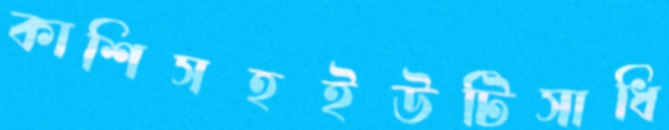
কাশিসহইউটিসাধি